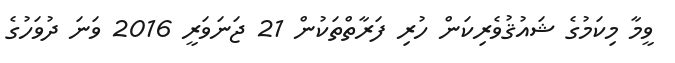
ވީމާ މިކަމުގެ ޝައުޤުވެރިކަން ހުރި ފަރާތްތަކުން 21 ޖަނަވަރީ 2016 ވަނަ ދުވަހުގެ